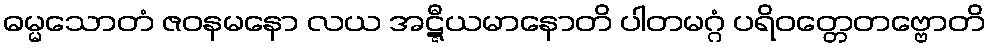
ဓမ္မသောတံ ဇဝနမနော လယ အဋ္ဋီယမာနောတိ ပါတမဂ္ဂံ ပရိဝတ္တေတဗ္ဗောတိ